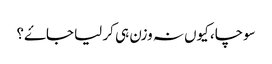
سوچا، کیوں نہ وزن ہی کر لیا جاۓ؟